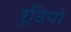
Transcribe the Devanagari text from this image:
रुढि़यो